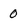
Character: 0